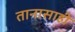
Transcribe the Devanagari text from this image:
तानासाही